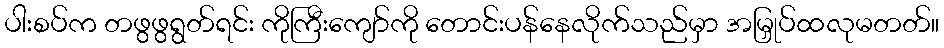
ပါးစပ်က တဖွဖွရွတ်ရင်း ကိုကြီးကျော်ကို တောင်းပန်နေလိုက်သည်မှာ အမြှုပ်ထလုမတတ်။